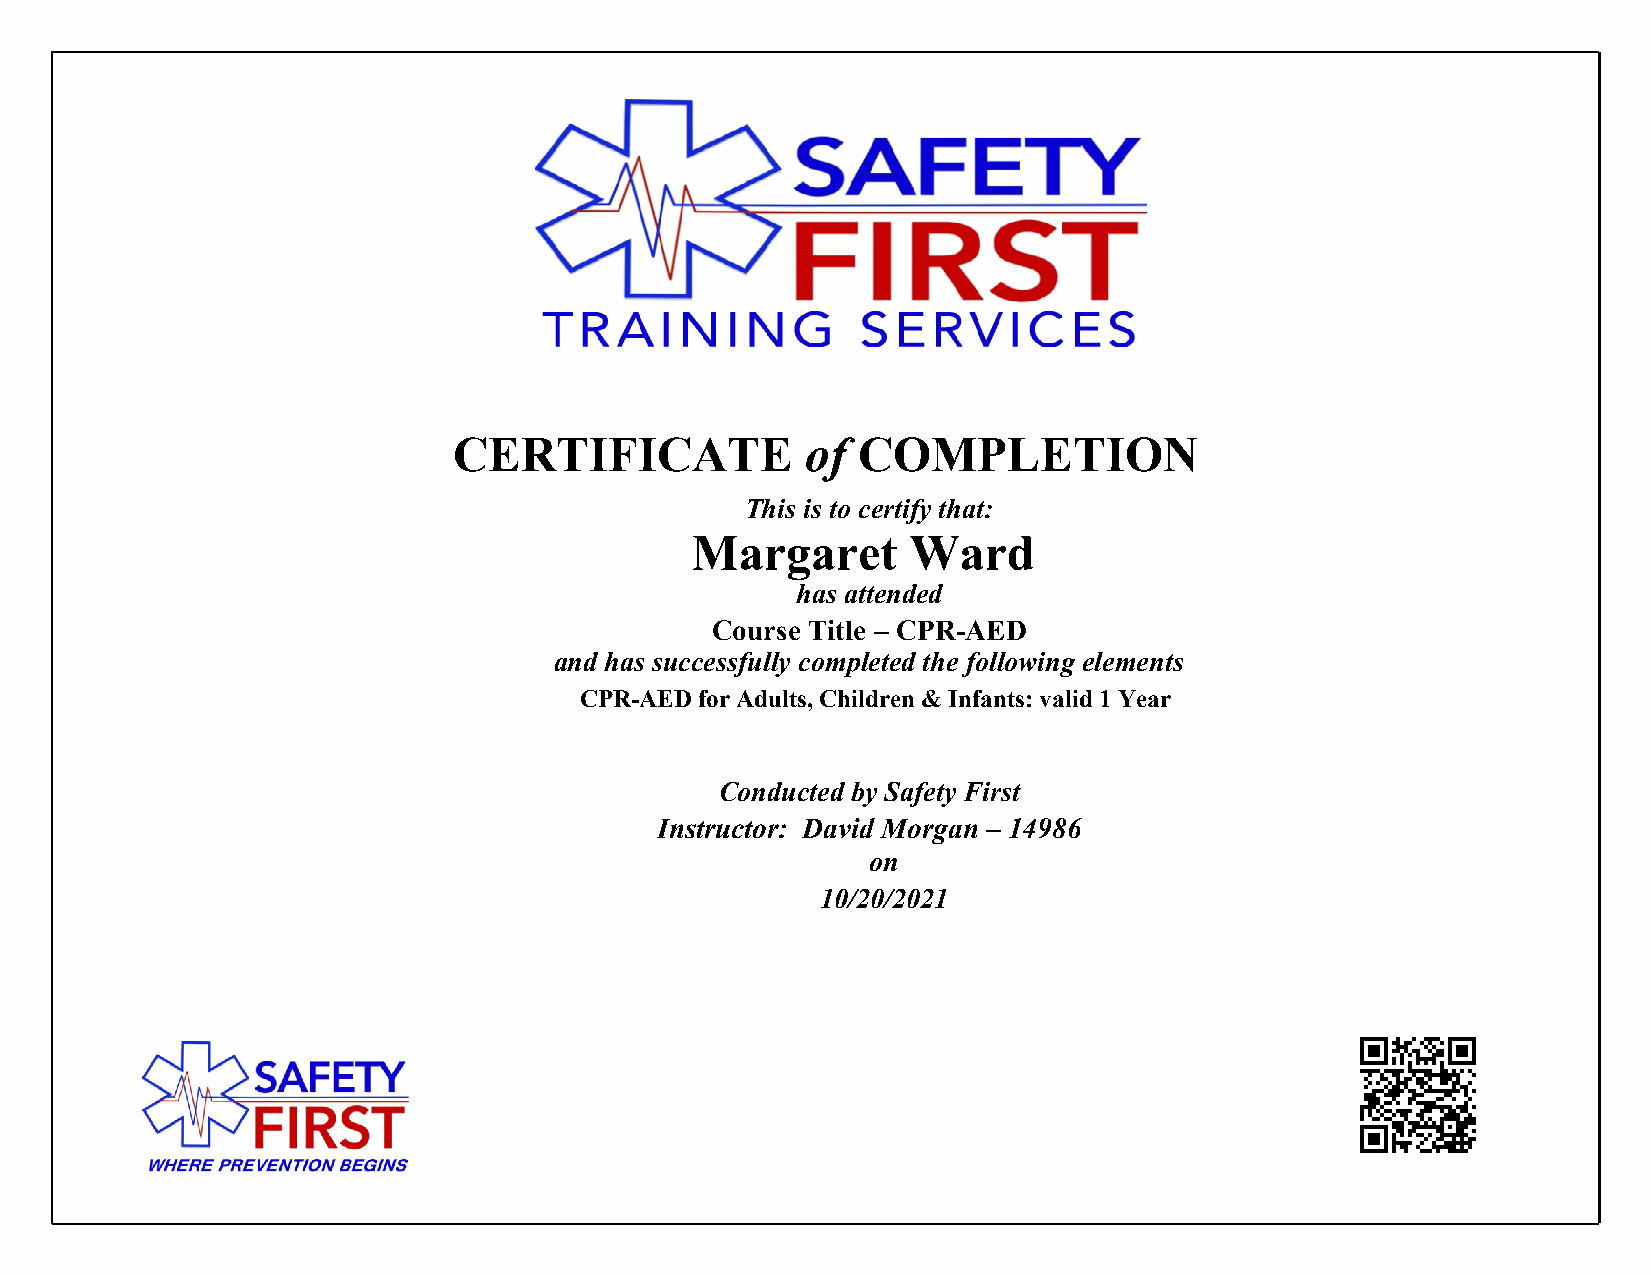
CERTIFICATE            of  COMPLETION
 This is to certify that:
 Margaret      Ward
 has attended
 Course Title – CPR-AED
 and has successfully completed the following elements
 CPR-AED for Adults, Children & Infants: valid 1 Year
 Conducted by Safety First
 Instructor: David Morgan – 14986
 on
 10/20/2021